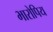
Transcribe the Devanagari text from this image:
भारोपिय